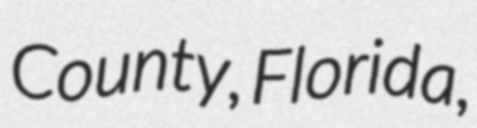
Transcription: County, Florida,